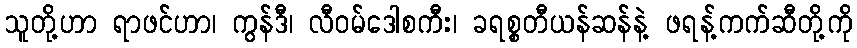
သူတို့ဟာ ရာဖင်ဟာ၊ ကွန်ဒီ၊ လီဝမ်ဒေါစကီး၊ ခရစ္စတီယန်ဆန်နဲ့ ဖရန့်ကက်ဆီတို့ကို